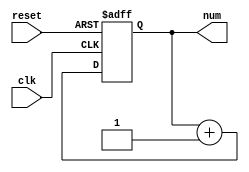
`timescale 1ns / 1ps

// numbers from 1 to10
module proc(
 input clk,
 input reset,
 output reg [3:0] num
    );
    
    always @(posedge  clk or posedge reset)
     begin
      if(reset)
        begin
            num <= 'd0;
        end
      else begin
          num <= num + 'd1;
      end
     end
endmodule